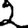
Digit: 2